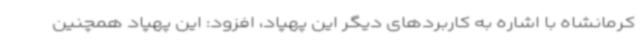
کرمانشاه با اشاره به کاربردهای دیگر این پهپاد، افزود: این پهپاد همچنین